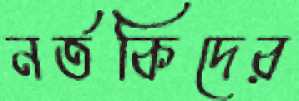
নর্তকিদের